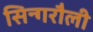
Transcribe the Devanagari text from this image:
सिन्गरौली